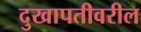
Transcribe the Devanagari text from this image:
दुखापतीवरील